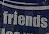
friends